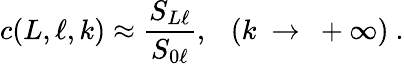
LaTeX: c(L,\ell,k)\approx\frac{S_{L\ell}}{S_{0\ell}},~~~(k~\rightarrow~+\infty)~.